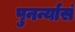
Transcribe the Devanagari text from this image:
पुनर्न्यासं